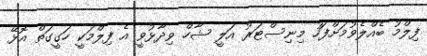
ފިލްމު ބެއްލެވުމަށްފަހު މިނިސްޓަރު އަލީ ޝާހް ވިދާޅުވީ އެ ފިލްމަކީ ހަގީގަތް އޮޅޭ